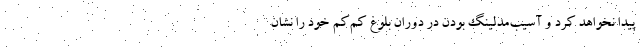
پیدا نخواهد کرد و آسیب‌مدلینگ بودن در دوران بلوغ کم‌کم خود را نشان